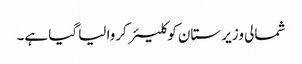
شمالی وزیر ستان کو کلیئر کروا لیا گیا ہے۔